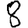
Digit: 8